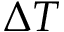
\Delta T